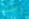
إصمت